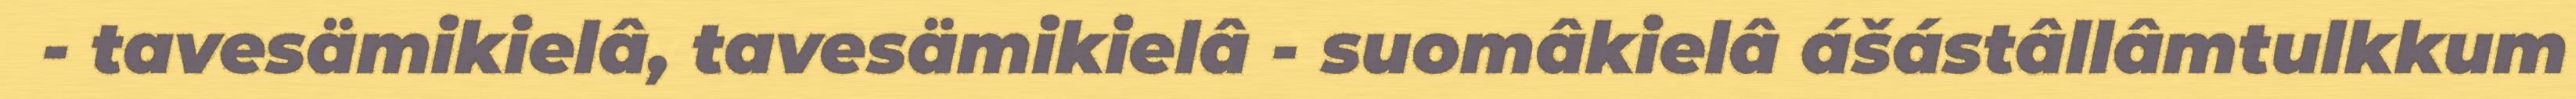
- tavesämikielâ, tavesämikielâ - suomâkielâ ášástâllâmtulkkum